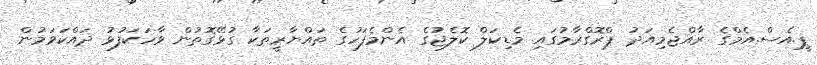
ޕީ.އެސް.އެމްގެ ރާއްޖެމިއަދު ޕްރޮގްރާމުގައި މެޑިކަލް ކޮލެޖުގެ އެންމެފަހުގެ ތައްޔާރީތަކާ ގުޅޭގޮތުން ވާހަކަފުޅު ދައްކަވަމުން